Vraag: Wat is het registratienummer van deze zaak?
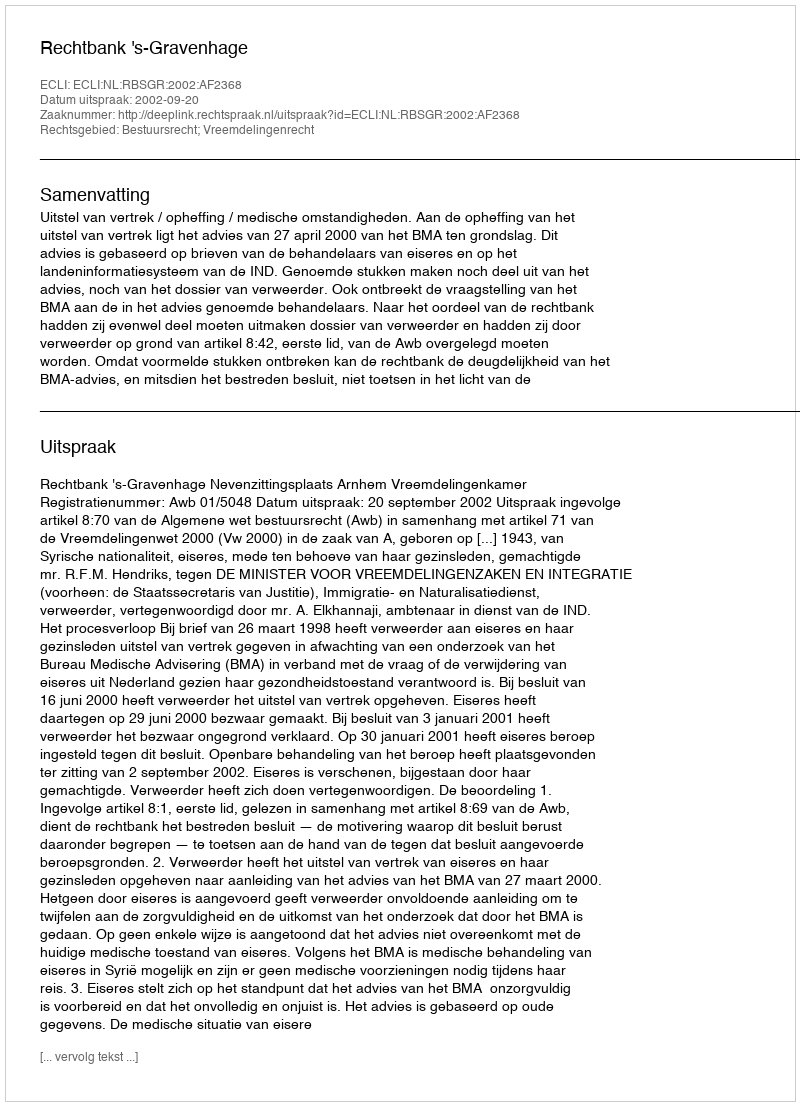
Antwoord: http://deeplink.rechtspraak.nl/uitspraak?id=ECLI:NL:RBSGR:2002:AF2368